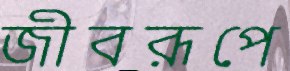
জীবরূপে